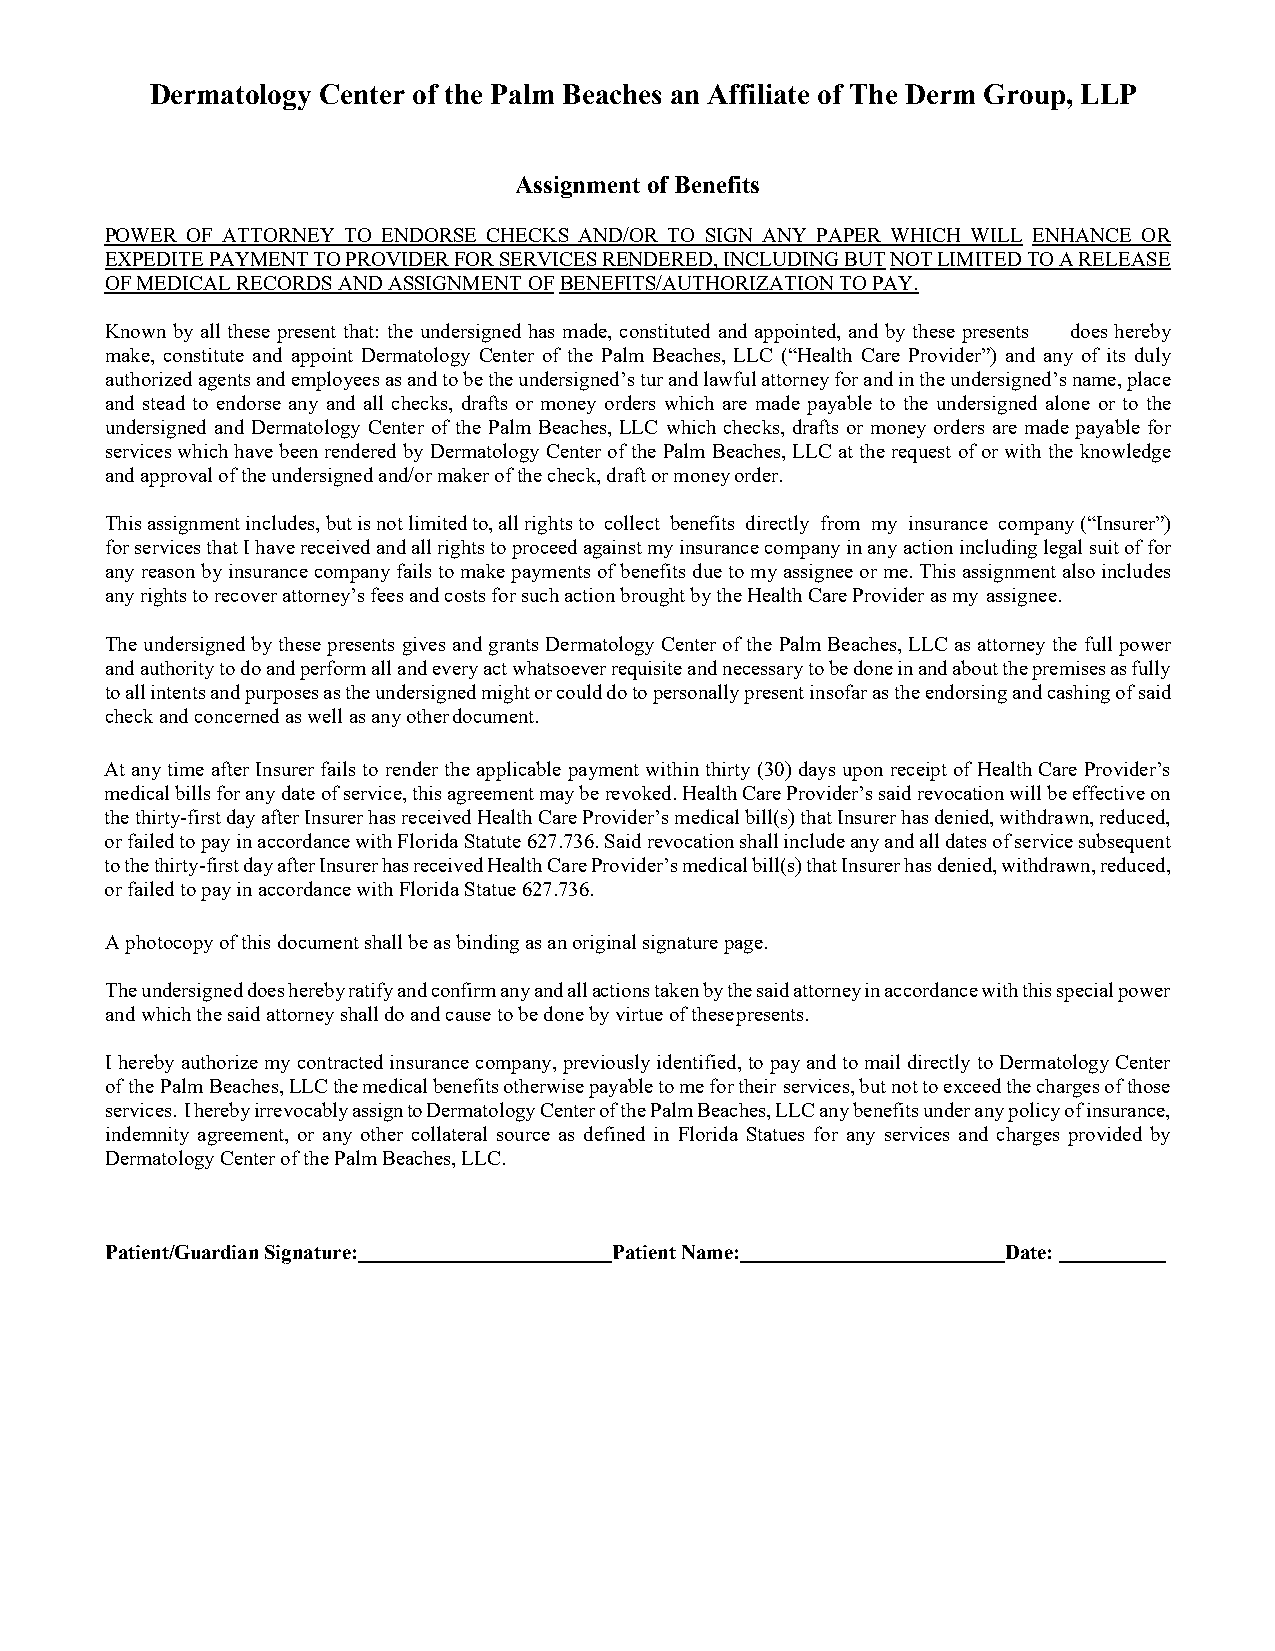
Dermatology Center of the Palm Beaches an Affiliate of The Derm Group, LLP
 Assignment of Benefits
 POWER OF ATTORNEY TO ENDORSE CHECKS AND/OR TO SIGN ANY PAPER WHICH WILL ENHANCE OR
 EXPEDITE PAYMENT TO PROVIDER FOR SERVICES RENDERED, INCLUDING BUT NOT LIMITED TO A RELEASE
 OF MEDICAL RECORDS AND ASSIGNMENT OF BENEFITS/AUTHORIZATION TO PAY.
 Known by all these present that: the undersigned has made, constituted and appointed, and by these presents does hereby
 make, constitute and appoint Dermatology Center of the Palm Beaches, LLC (“Health Care Provider”) and any of its duly
 authorized agents and employees as and to be the undersigned’s tur and lawful attorney for and in the undersigned’s name, place
 and stead to endorse any and all checks, drafts or money orders which are made payable to the undersigned alone or to the
 undersigned and Dermatology Center of the Palm Beaches, LLC which checks, drafts or money orders are made payable for
 services which have been rendered by Dermatology Center of the Palm Beaches, LLC at the request of or with the knowledge
 and approval of the undersigned and/or maker of the check, draft or money order.
 This assignment includes, but is not limited to, all rights to collect benefits directly from my insurance company (“Insurer”)
 for services that I have received and all rights to proceed against my insurance company in any action including legal suit of for
 any reason by insurance company fails to make payments of benefits due to my assignee or me. This assignment also includes
 any rights to recover attorney’s fees and costs for such action brought by the Health Care Provider as my assignee.
 The undersigned by these presents gives and grants Dermatology Center of the Palm Beaches, LLC as attorney the full power
 and authority to do and perform all and every act whatsoever requisite and necessary to be done in and about the premises as fully
 to all intents and purposes as the undersigned might or could do to personally present insofar as the endorsing and cashing of said
 check and concerned as well as any other document.
 At any time after Insurer fails to render the applicable payment within thirty (30) days upon receipt of Health Care Provider’s
 medical bills for any date of service, this agreement may be revoked. Health Care Provider’s said revocation will be effective on
 the thirty-first day after Insurer has received Health Care Provider’s medical bill(s) that Insurer has denied, withdrawn, reduced,
 or failed to pay in accordance with Florida Statute 627.736. Said revocation shall include any and all dates of service subsequent
 to the thirty-first day after Insurer has received Health Care Provider’s medical bill(s) that Insurer has denied, withdrawn, reduced,
 or failed to pay in accordance with Florida Statue 627.736.
 A photocopy of this document shall be as binding as an original signature page.
 The undersigned does hereby ratify and confirm any and all actions taken by the said attorney in accordance with this special power
 and which the said attorney shall do and cause to be done by virtue of these presents.
 I hereby authorize my contracted insurance company, previously identified, to pay and to mail directly to Dermatology Center
 of the Palm Beaches, LLC the medical benefits otherwise payable to me for their services, but not to exceed the charges of those
 services. I hereby irrevocably assign to Dermatology Center of the Palm Beaches, LLC any benefits under any policy of insurance,
 indemnity agreement, or any other collateral source as defined in Florida Statues for any services and charges provided by
 Dermatology Center of the Palm Beaches, LLC.
 Patient/Guardian Signature:       Patient Name:             Date: